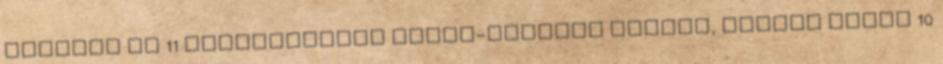
ponttal és 11 lepattanóval dupla-dupláig jutott, Barnai Judit 10